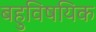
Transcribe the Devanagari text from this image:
बहुविषयिक